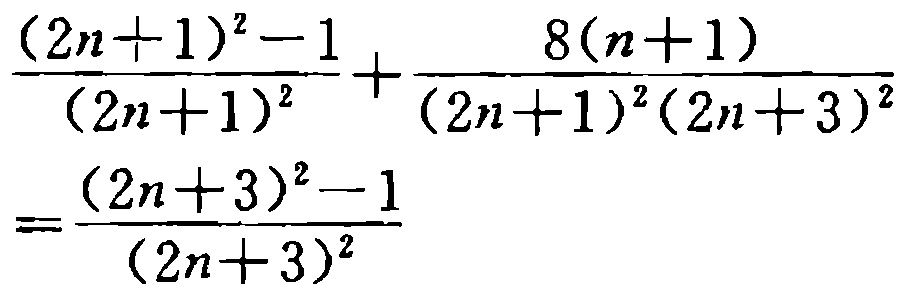
\[\frac{(2n + 1)^2 - 1}{(2n + 1)^2}+\frac{8(n + 1)}{(2n + 1)^2(2n + 3)^2}=\frac{(2n + 3)^2 - 1}{(2n + 3)^2}\]